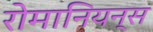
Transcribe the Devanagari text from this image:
रोमानियन्स